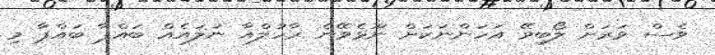
ވެސް ވަރަށް ލޯބިވޭ އަހަންނަކަށް ނޫޅެވޭނެ ރާހުލްއާ ނުލައެއް ބައްޕާ ބައްޕާ މި